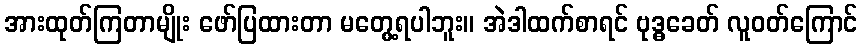
အားထုတ်ကြတာမျိုး ဖော်ပြထားတာ မတွေ့ရပါဘူး။ အဲဒါထက်စာရင် ဗုဒ္ဓခေတ် လူဝတ်ကြောင်